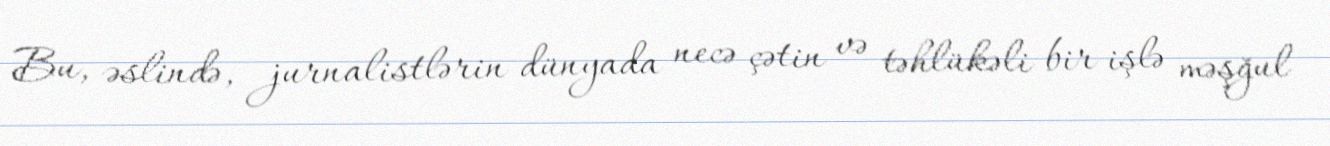
Bu, əslində, jurnalistlərin dünyada necə çətin və təhlükəli bir işlə məşğul